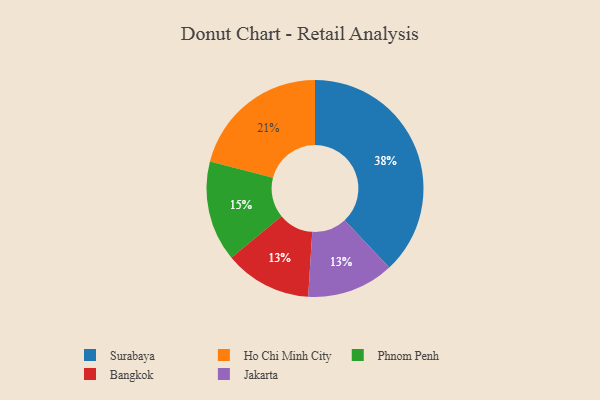
{"axis": {"x": "Category", "y": "Percentage"}, "legend": ["Bangkok", "Ho Chi Minh City", "Jakarta", "Phnom Penh", "Surabaya"], "data": [{"x": "Ho Chi Minh City", "y": 21, "type": "Ho Chi Minh City"}, {"x": "Surabaya", "y": 38, "type": "Surabaya"}, {"x": "Bangkok", "y": 13, "type": "Bangkok"}, {"x": "Jakarta", "y": 13, "type": "Jakarta"}, {"x": "Phnom Penh", "y": 15, "type": "Phnom Penh"}]}